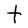
Character: t